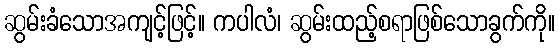
ဆွမ်းခံသောအကျင့်ဖြင့်။ ကပါလံ၊ ဆွမ်းထည့်စရာဖြစ်သောခွက်ကို။